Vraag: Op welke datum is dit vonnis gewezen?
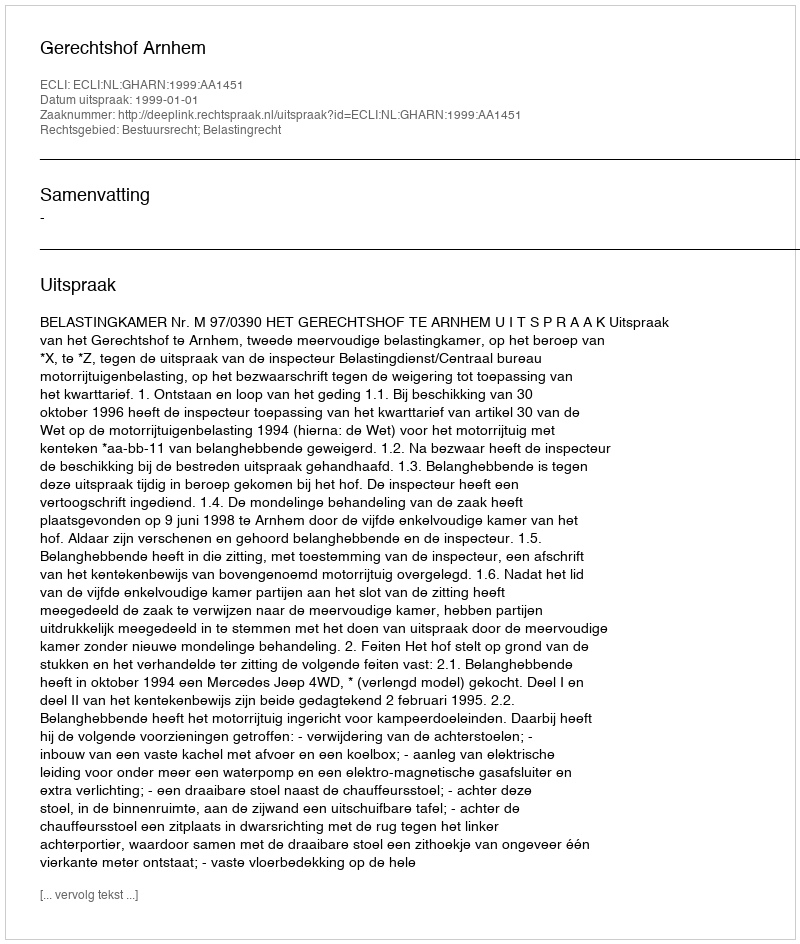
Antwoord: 1999-01-01